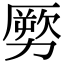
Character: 𠢤